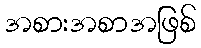
အစားအစာအဖြစ်